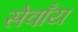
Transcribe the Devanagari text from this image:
सेवाँय